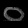
Digit: ၀